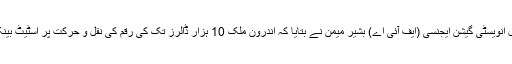
اجلاس میں فارن ایکسچینج ریگولیشن ترمیمی بل 2019 پر بحث کے دوران ڈائریکٹر جنرل فیڈرل انویسٹی گیشن ایجنسی (ایف آئی اے) بشیر میمن نے بتایا کہ اندرون ملک 10 ہزار ڈالرز تک کی رقم کی نقل و حرکت پر اسٹیٹ بینک سے اجازت لینا ہوگی، ایک منی چینجر نے کراچی میں 16 ارب روپے کی منی لانڈرنگ کی۔